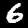
Label: 6